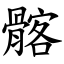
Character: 髂